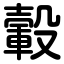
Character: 轂